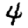
Digit: 4